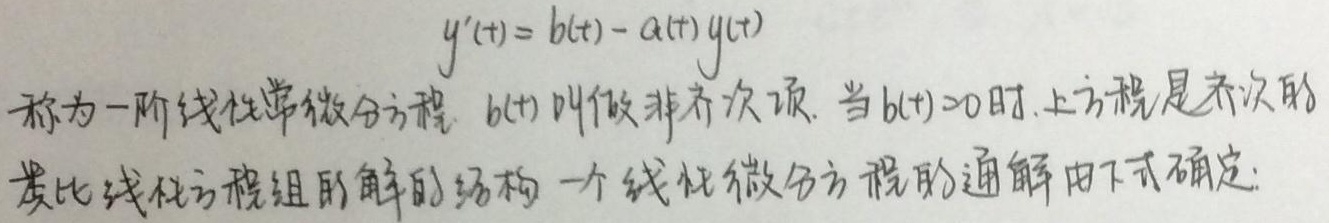
\(y^{\prime}(t)=b(t)-a(t)y(t)\)称为一阶线性常微分方程，\(b(t)\)叫做非齐次项。当\(b(t)=0\)时，上方程是齐次的。类比线性方程组的解的结构，一个线性微分方程的通解由下式确定：
\[y^{\prime}(t)=b(t)-a(t)y(t)\]